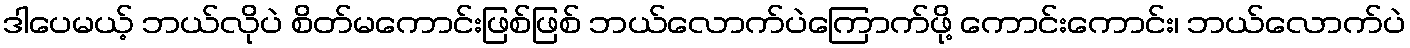
ဒါပေမယ့် ဘယ်လိုပဲ စိတ်မကောင်းဖြစ်ဖြစ် ဘယ်လောက်ပဲကြောက်ဖို့ ကောင်းကောင်း၊ ဘယ်လောက်ပဲ